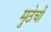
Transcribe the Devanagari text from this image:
मुठेची